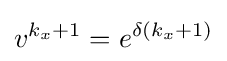
v^{k_{x}+1}=e^{\delta (k_{x}+1)}